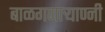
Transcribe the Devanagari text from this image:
बाळगणार्‍याण्नी